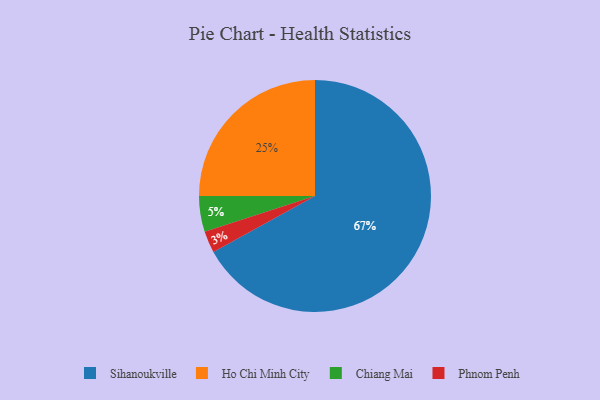
{"axis": {"x": "Category", "y": "Percentage"}, "legend": ["Chiang Mai", "Ho Chi Minh City", "Phnom Penh", "Sihanoukville"], "data": [{"x": "Phnom Penh", "y": 3, "type": "Phnom Penh"}, {"x": "Ho Chi Minh City", "y": 25, "type": "Ho Chi Minh City"}, {"x": "Chiang Mai", "y": 5, "type": "Chiang Mai"}, {"x": "Sihanoukville", "y": 67, "type": "Sihanoukville"}]}